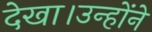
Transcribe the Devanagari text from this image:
देखा।उन्होंने